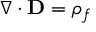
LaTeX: \nabla \cdot \mathbf { D } = \rho _ { f }